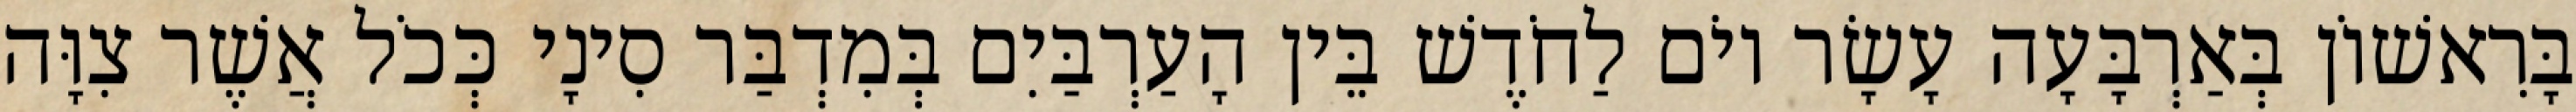
בָּרִאשׁוֹן בְּאַרְבָּעָה עָשָׂר יוֹם לַחֹדֶשׁ בֵּין הָעַרְבַּיִם בְּמִדְבַּר סִינָי כְּכֹל אֲשֶׁר צִוָּה